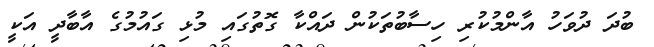
ބުދަ ދުވަހު އާންމުކުރި ހިސާބުތަކުން ދައްކާ ގޮތުގައި މުޅި ގައުމުގެ އާބާދީ އަކީ